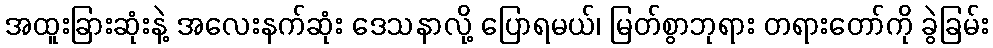
အထူးခြားဆုံးနဲ့ အလေးနက်ဆုံး ဒေသနာလို့ ပြောရမယ်၊ မြတ်စွာဘုရား တရားတော်ကို ခွဲခြမ်း